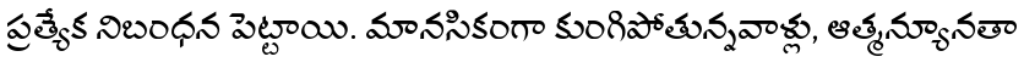
ప్రత్యేక నిబంధన పెట్టాయి. మానసికంగా కుంగిపోతున్నవాళ్లు, ఆత్మన్యూనతా